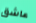
عاشق